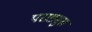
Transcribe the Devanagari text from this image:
पराङमुख